Annual report on the lock hospitals of the Madras Presidency
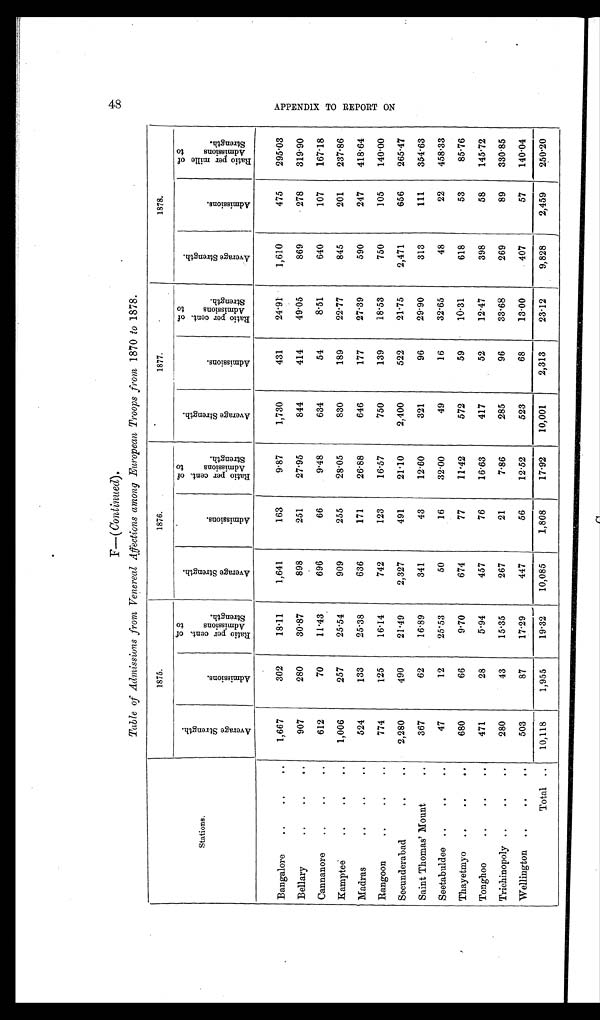
F— ( Continued).
Table of Admissions from Venereal Affections among European Troops from 1870 to 1878.
Stations.
1875.
1876.
1877.
1878.
A v e r a g e S t r e n g t h .
A d m i s s i o n s .
R a t i o p e r c e n t . o f A d m i s s i o n s t o S t r e n g t h .
A v e r a g e S t r e n g t h .
A d m i s s i o n s .
R a t i o p e r c e n t . o f A d m i s s i o n s t o s t r e n g t h .
A v e r a g e S t r e n g t h .
A d m i s s i o n s .
R a t i o p e r c e n t . o f A d m i s s i o n s t o S t r e n g t h .
A v e r a g e S t r e n g t h .
A d m i s s i o n s .
R a t i o p e r m i l l e o f A d m i s s i o n s t o S t r e n g t h .
Bangalore
..
..
..
1,667
302
18.11
1,641
163
9·87
1,730
431
24·91
1,610
475
295·03
Bellary
..
..
. .
907
280
30·87
898
251
27·95
844
414
49·05
869
278
319·90
Cannanore
..
..
..
612
70
11·43
696
66
9·48
634
54
8·51
640
107
167·18
Kamptee
..
..
..
1,006
257
25·54
909
255
28·05
830
189
22·77
845
201
237·86
Madras
..
..
..
524
133
25·38
636
171
26·88
646
177
27·39
590
247
418·64
Rangoon
..
..
..
774
125
16·14
742
123
16·57
750
139
18·53
750
105
140·00
Secunderabad
..
..
2,280
490
21·49
2,327
491
21·10
2,400
522
21·75
2,471
656
265·47
Saint Thomas' Mount
. .
367
62
16·89
341
43
12·60
321
96
29·90
313
111
354·63
Seetabuldee ..
..
..
47
12
25·53
50
16
32·00
49
16
32·65
48
22
458·33
Thayetmyo
..
..
..
680
66
9·70
674
77
11·42
572
59
10·31
618
53
85·76
Tonghoo
..
..
..
471
28
5·94
457
76
16·63
417
52
12·47
398
58
145·72
Trichinopoly ..
..
..
280
43
15·35
267
21
7·86
285
96
33·68
269
89
330·85
Wellington ..
..
..
503
87
17·29
447
56
12·52
523
68
13·00
407
57
140·04
Total ..
10,118
1,955
19·32
10,085
1,808
17·92
10,001
2,313
23·12
9,828
2,459
250·20
48
A P P E N D I X T O R E P OR T ON